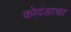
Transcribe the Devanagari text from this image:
कोदंडाचा